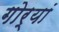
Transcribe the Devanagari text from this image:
गोर्यां